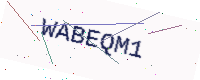
Text: WABEQM1